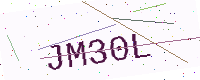
Text: JM30L